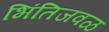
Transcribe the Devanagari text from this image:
भिंतिजवळ